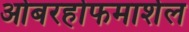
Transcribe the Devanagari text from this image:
ओबरहोफमार्शल